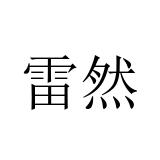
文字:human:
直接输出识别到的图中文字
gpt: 雷然